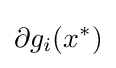
\partial g_{i}(x^{*})